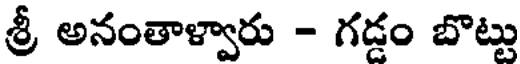
శ్రీ అనంతాళ్వారు - గడ్డం బొట్టు